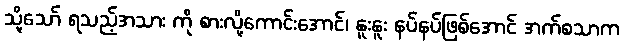
သို့သော် ရသည့်အသား ကို စားလို့ကောင်းအောင်၊ နူးနူး နပ်နပ်ဖြစ်အောင် အက်စသာက